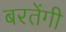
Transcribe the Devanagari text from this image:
बरतेंगी